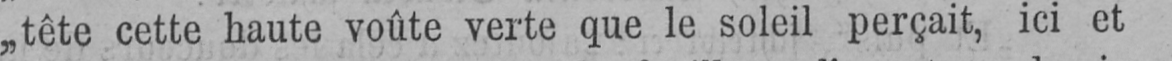
„tête cette haute voûte verte que le soleil perçait, ici et